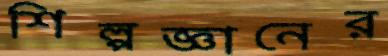
শিল্পজ্ঞানের